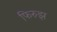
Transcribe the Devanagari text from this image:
फिरुझ